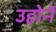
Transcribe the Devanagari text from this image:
उहोनें